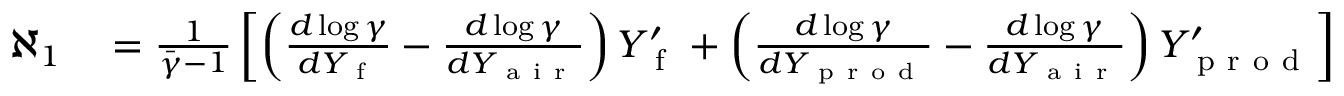
\begin{array} { r l } { \aleph _ { 1 } } & { { } = \frac { 1 } { \bar { \gamma } - 1 } \left[ \left( \frac { d \log \gamma } { d Y _ { \mathrm { ~ f ~ } } } - \frac { d \log \gamma } { d Y _ { \mathrm { ~ a ~ i ~ r ~ } } } \right) Y _ { \mathrm { ~ f ~ } } ^ { \prime } + \left( \frac { d \log \gamma } { d Y _ { \mathrm { ~ p ~ r ~ o ~ d ~ } } } - \frac { d \log \gamma } { d Y _ { \mathrm { ~ a ~ i ~ r ~ } } } \right) Y _ { \mathrm { ~ p ~ r ~ o ~ d ~ } } ^ { \prime } \right] . } \end{array}